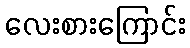
လေးစားကြောင်း